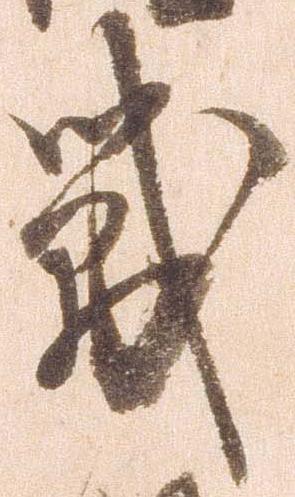
戦